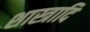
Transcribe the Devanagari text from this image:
शास्त्रादि